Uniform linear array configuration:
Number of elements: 48
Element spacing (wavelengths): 0.75
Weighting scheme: hann
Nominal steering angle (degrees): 0
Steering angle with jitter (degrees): -1.453
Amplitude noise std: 0.05
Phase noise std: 0.05

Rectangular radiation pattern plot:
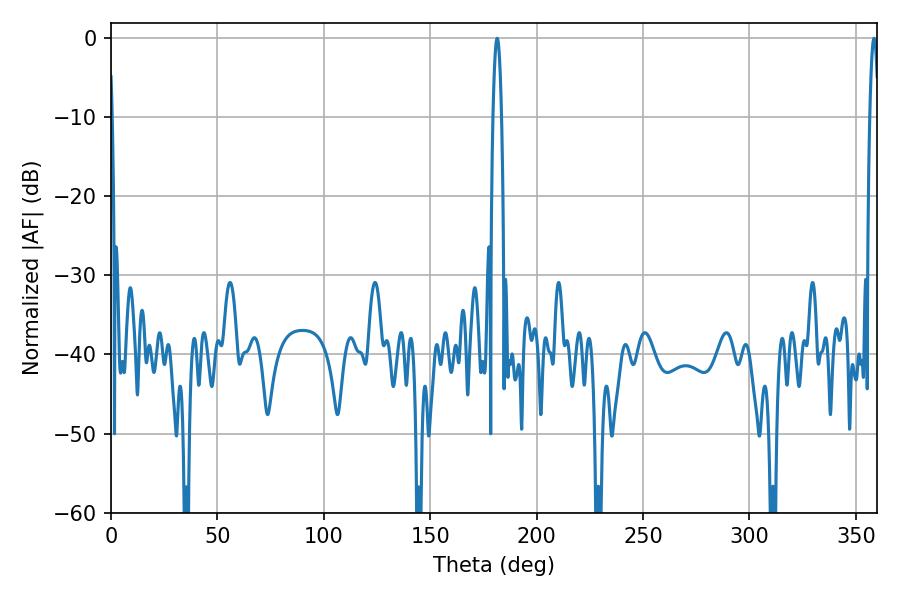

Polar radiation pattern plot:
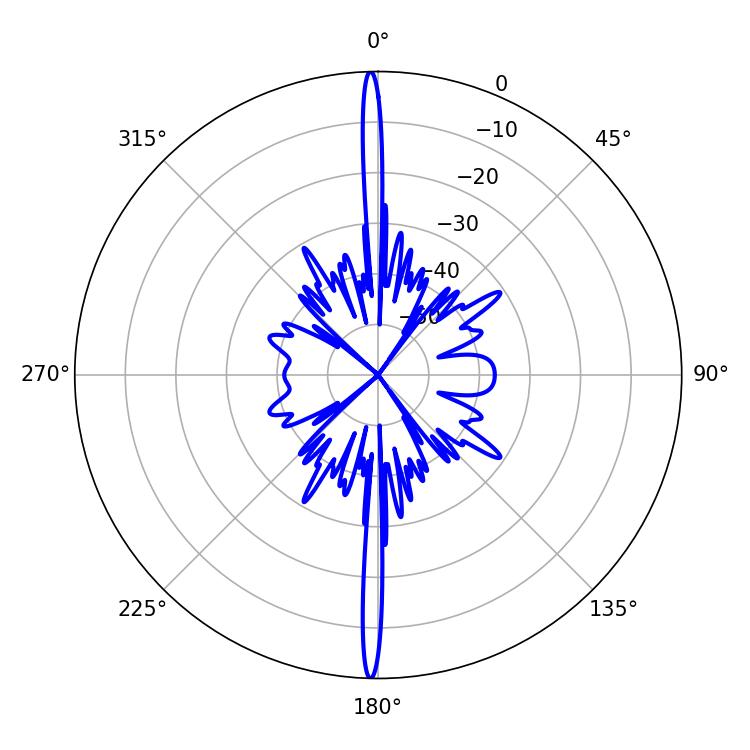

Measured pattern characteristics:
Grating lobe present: TRUE
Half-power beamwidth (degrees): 2.16
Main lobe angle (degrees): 181.44